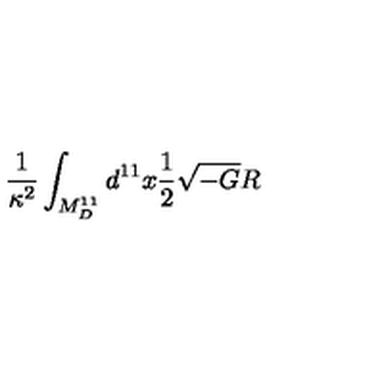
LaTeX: \frac { 1 } { \kappa ^ { 2 } } \int _ { M _ { D } ^ { 1 1 } } d ^ { 1 1 } x \frac { 1 } { 2 } \sqrt { - G } R